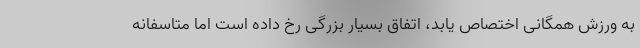
به ورزش همگانی اختصاص یابد، اتفاق بسیار بزرگی رخ داده است اما متاسفانه